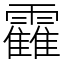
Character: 靃